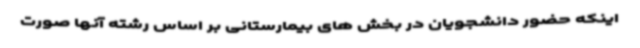
اینکه حضور دانشجویان در بخش های بیمارستانی بر اساس رشته آنها صورت